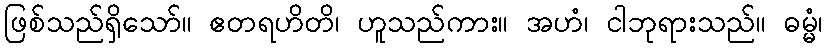
ဖြစ်သည်ရှိသော်။ ဧတရဟိတိ၊ ဟူသည်ကား။ အဟံ၊ ငါဘုရားသည်။ ဓမ္မံ၊